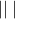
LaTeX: | | \bigstar | \bigstar \bigstar